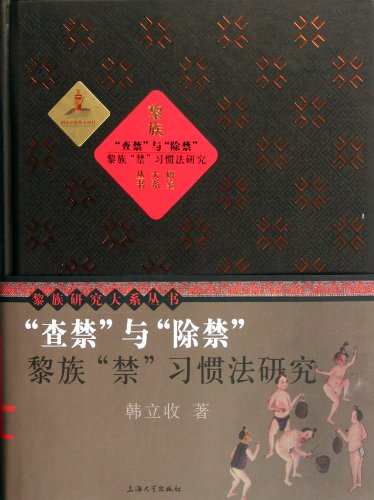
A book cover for Banning and Lifting the Ban: investigation of the customary law of Chinese Li Nationality (Chinese Edition); Han Li Shou; Law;